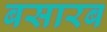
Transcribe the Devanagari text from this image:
बसारब